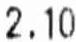
2.10